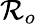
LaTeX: \mathcal{R}_{o}